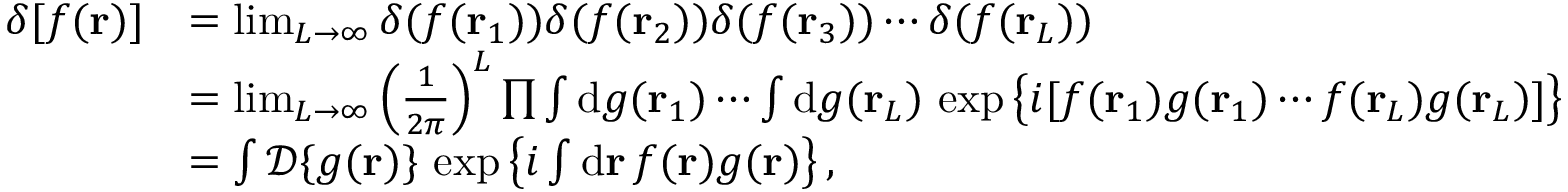
\begin{array} { r l } { \delta [ f ( \mathbf { r } ) ] } & { = \operatorname* { l i m } _ { L \rightarrow \infty } \delta ( f ( \mathbf { r } _ { 1 } ) ) \delta ( f ( \mathbf { r } _ { 2 } ) ) \delta ( f ( \mathbf { r } _ { 3 } ) ) \cdots \delta ( f ( \mathbf { r } _ { L } ) ) } \\ & { = \operatorname* { l i m } _ { L \rightarrow \infty } \left( \frac { 1 } { 2 \pi } \right) ^ { L } \prod \int \mathrm { d } g ( \mathbf { r } _ { 1 } ) \cdots \int \mathrm { d } g ( \mathbf { r } _ { L } ) \, \exp \big \{ i [ f ( \mathbf { r } _ { 1 } ) g ( \mathbf { r } _ { 1 } ) \cdots f ( \mathbf { r } _ { L } ) g ( \mathbf { r } _ { L } ) ] \big \} } \\ & { = \int \mathcal { D } \{ g ( \mathbf { r } ) \} \, \exp \left\{ i \int \mathrm { d } \mathbf { r } \, f ( \mathbf { r } ) g ( \mathbf { r } ) \right\} , } \end{array}